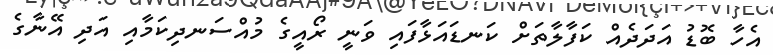
އެހާ ބޮޑު އަދަދެއް ކަފާލާތަށް ކަނޑައަޅާފައި ވަނީ ރޯއީގެ މުއްސަނދިކަމާއި އަދި އޭނާގެ